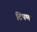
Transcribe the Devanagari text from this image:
टिपणं